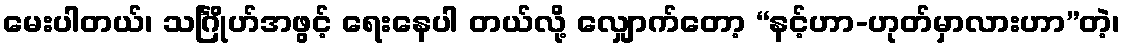
မေးပါတယ်၊ သင်္ဂြိုဟ်အဖွင့် ရေးနေပါ တယ်လို့ လျှောက်တော့ “နင့်ဟာ-ဟုတ်မှာလားဟာ”တဲ့၊